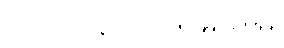
ဘဏ်စာရင်းနံပါတ် 001-99887766